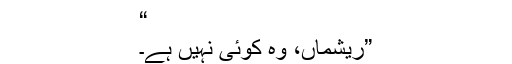
“
”ریشماں، وہ کوئی نہیں ہے۔